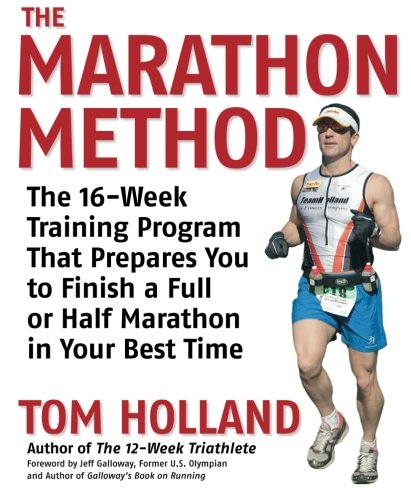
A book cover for The Marathon Method: The 16-Week Training Program that Prepares You to Finish a Full or Half Marathon in Your Best Time; Tom Holland; Sports & Outdoors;